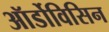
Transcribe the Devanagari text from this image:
ऑर्डोविसिन